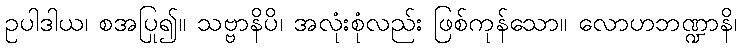
ဥပါဒါယ၊ စအပြု၍။ သဗ္ဗာနိပိ၊ အလုံးစုံလည်း ဖြစ်ကုန်သော။ လောဟဘဏ္ဍာနိ၊